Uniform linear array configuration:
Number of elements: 12
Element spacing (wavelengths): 0.5
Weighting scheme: uniform
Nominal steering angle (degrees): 60
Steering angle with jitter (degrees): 61.308
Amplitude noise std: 0.05
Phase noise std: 0.05

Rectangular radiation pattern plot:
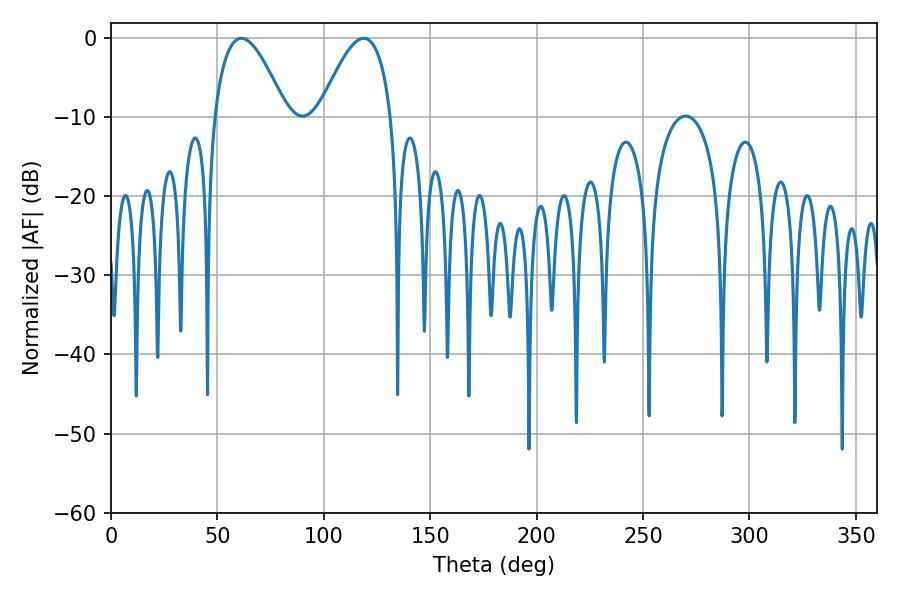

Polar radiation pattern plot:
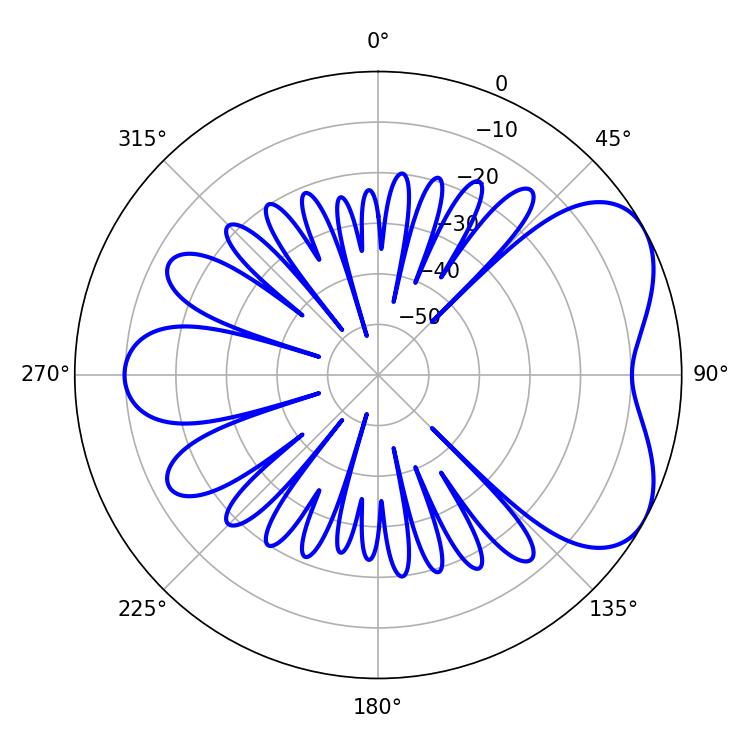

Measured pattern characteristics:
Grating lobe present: FALSE
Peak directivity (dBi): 5.267
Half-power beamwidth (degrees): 18.54
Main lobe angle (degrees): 61.2